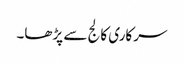
سرکاری کالج سے پڑھا۔